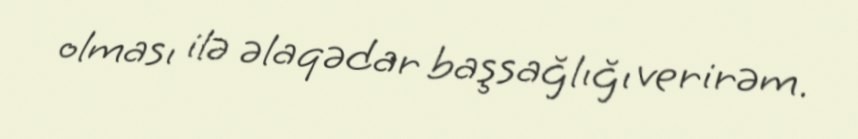
olması ilə əlaqədar başsağlığı verirəm.